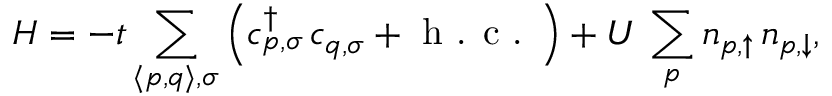
H = - t \sum _ { \langle p , q \rangle , \sigma } \left( c _ { p , \sigma } ^ { \dagger } \, c _ { q , \sigma } + \textrm { h . c . } \right) + U \, \sum _ { p } n _ { p , \uparrow } \, n _ { p , \downarrow } ,